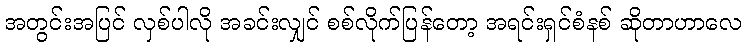
အတွင်းအပြင် လှစ်ပါလို အခင်းလျှင် စစ်လိုက်ပြန်တော့ အရင်းရှင်စံနစ် ဆိုတာဟာလေ